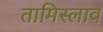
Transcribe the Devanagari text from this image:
तामिस्लाव